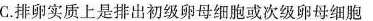
C.排卵实质上是排出初级卵母细胞或次级卵母细胞